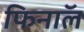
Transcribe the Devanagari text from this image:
फिनाॅल